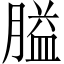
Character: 膉